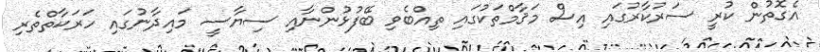
އެގޮތުން ކުރީ ސަރުކާރުގައި އިސް މަޤާމްތަކުގައި ތިއްބެވި ބޭފުޅުންނާއި ސިޔާސީ މައިދާނުގައި ހަރަކާތްތެރި